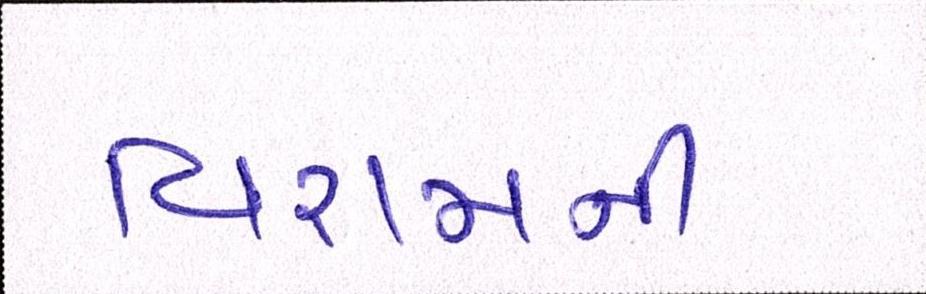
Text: વિરામની